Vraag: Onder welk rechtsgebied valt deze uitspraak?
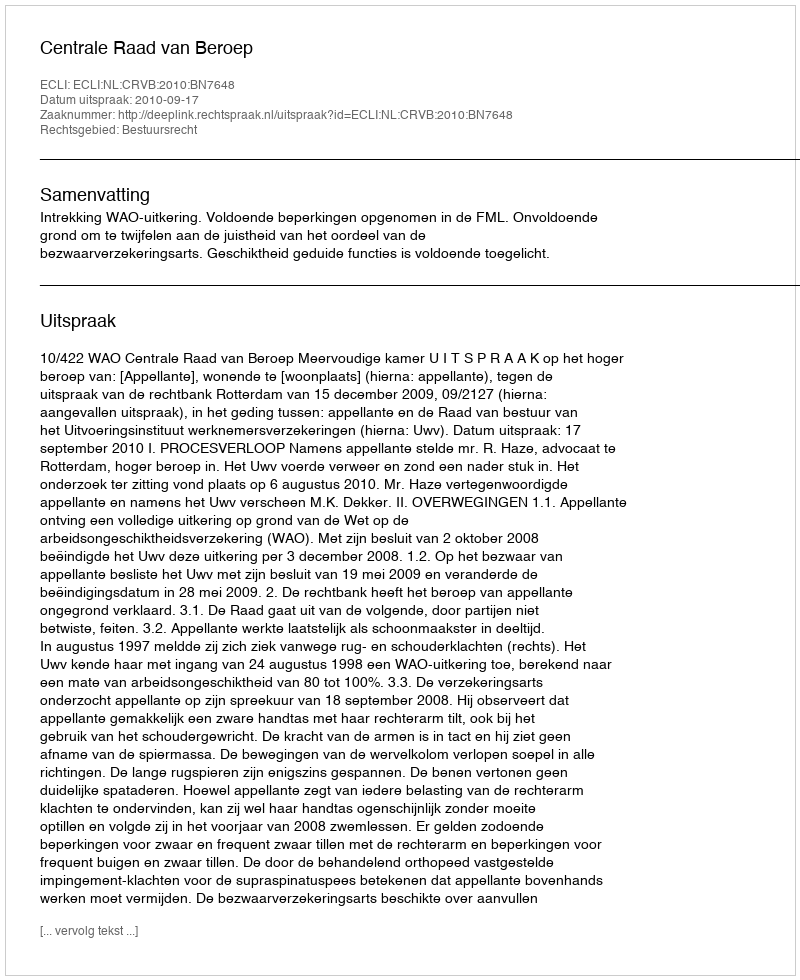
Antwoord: Bestuursrecht